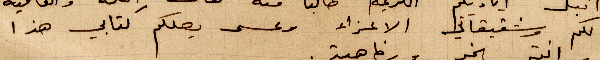
لكم وشقيقاتي الأعزاء وعسى يصلكم كتابي هذا